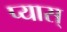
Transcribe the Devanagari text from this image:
प्यास्